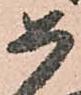
如